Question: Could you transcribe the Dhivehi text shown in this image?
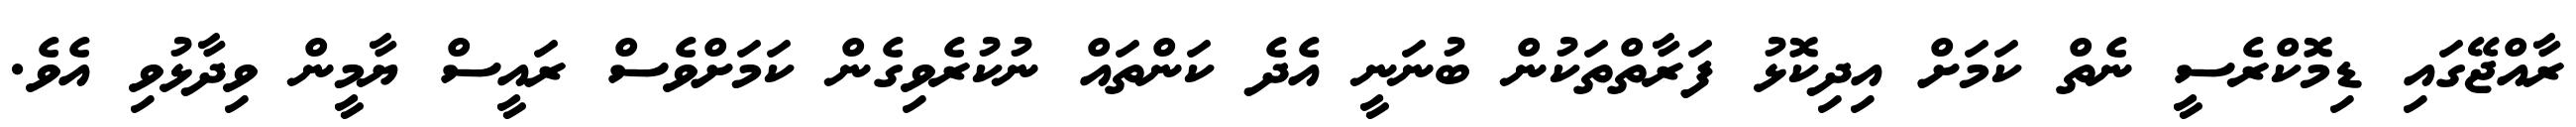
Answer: ރާއްޖޭގައި ޑިމޮކްރެސީ ނެތް ކަމަށް އިދިކޮޅު ފަރާތްތަކުން ބުނަނީ އެދެ ކަންތައް ނުކުރެވިގެން ކަމަށްވެސް ރައީސް ޔާމީން ވިދާޅުވި އެވެ.